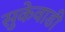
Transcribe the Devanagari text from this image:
सुकेवाडी